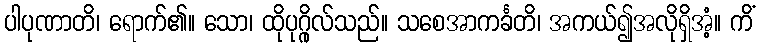
ပါပုဏာတိ၊ ရောက်၏။ သော၊ ထိုပုဂ္ဂိုလ်သည်။ သစေအာကင်္ခတိ၊ အကယ်၍အလိုရှိအံ့။ ကိံ